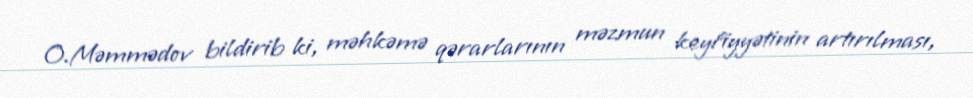
O.Məmmədov bildirib ki, məhkəmə qərarlarının məzmun keyfiyyətinin artırılması,